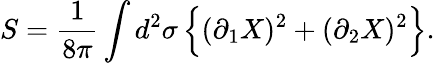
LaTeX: S=\frac{1}{8\pi}\int d^{2}\sigma\, \Bigl\{ (\partial_{1}X)^{2}+(\partial_{2}X)^{2}\Bigr\} .